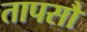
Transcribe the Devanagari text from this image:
तापसौ